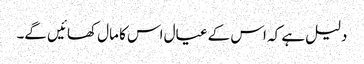
دلیل ہے کہ اس کے عیال اس کا مال کھائیں گے۔